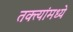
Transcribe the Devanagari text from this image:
तक्त्यांमध्ये